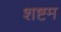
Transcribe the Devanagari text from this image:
शष्टम